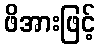
ဖိအားဖြင့်